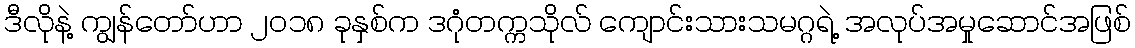
ဒီလိုနဲ့ ကျွန်တော်ဟာ ၂၀၁၈ ခုနှစ်က ဒဂုံတက္ကသိုလ် ကျောင်းသားသမဂ္ဂရဲ့ အလုပ်အမှုဆောင်အဖြစ်